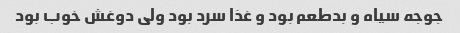
جوجه سیاه و بدطعم بود و غذا سرد بود ولی دوغش خوب بود